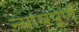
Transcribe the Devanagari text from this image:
न्‍यायपूर्ण